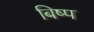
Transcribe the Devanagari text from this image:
बिष्प